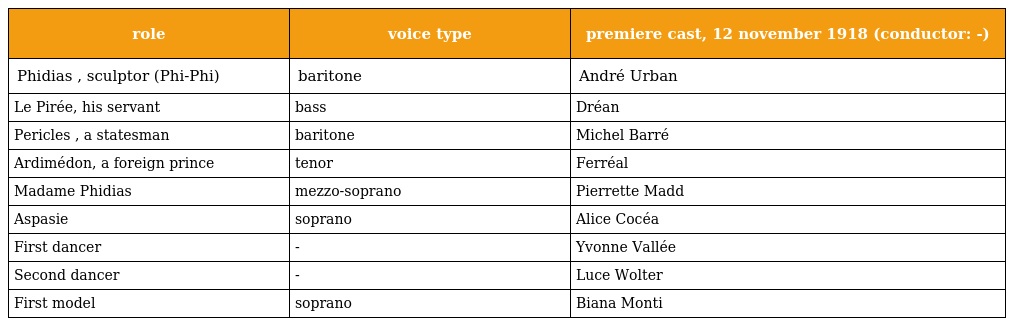
| role | voice type | premiere cast, 12 november 1918 (conductor: -) |
 | --- | --- | --- |
 | Phidias , sculptor (Phi-Phi) | baritone | André Urban |
 | Le Pirée, his servant | bass | Dréan |
 | Pericles , a statesman | baritone | Michel Barré |
 | Ardimédon, a foreign prince | tenor | Ferréal |
 | Madame Phidias | mezzo-soprano | Pierrette Madd |
 | Aspasie | soprano | Alice Cocéa |
 | First dancer | - | Yvonne Vallée |
 | Second dancer | - | Luce Wolter |
 | First model | soprano | Biana Monti |